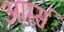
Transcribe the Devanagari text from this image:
आर्म्‍स